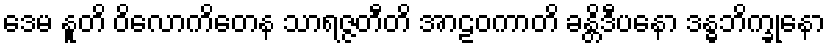
ဒေမ နူတိ ဝိလောကိတေန သာရဇ္ဇတီတိ အာဠဝကာတိ ခန္တိဒီပနော ဒန္ဓဘိက္ခုနော